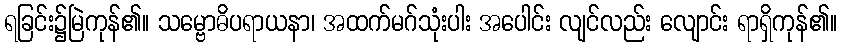
ရခြင်း၌မြဲကုန်၏။ သမ္ဗောဓိပရာယနာ၊ အထက်မဂ်သုံးပါး အပေါင်း လျင်လည်း လျောင်း ရာရှိကုန်၏။